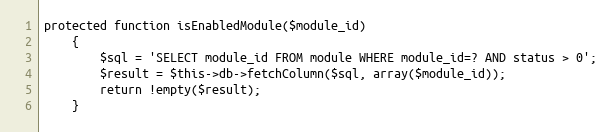
Language: PHP
protected function isEnabledModule($module_id)
    {
        $sql = 'SELECT module_id FROM module WHERE module_id=? AND status > 0';
        $result = $this->db->fetchColumn($sql, array($module_id));
        return !empty($result);
    }